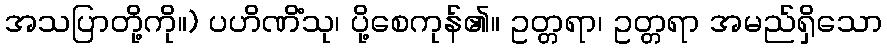
အသပြာတို့ကို။) ပဟိဏိံသု၊ ပို့စေကုန်၏။ ဥတ္တရာ၊ ဥတ္တရာ အမည်ရှိသော